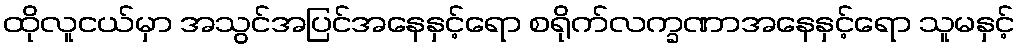
ထိုလူငယ်မှာ အသွင်အပြင်အနေနှင့်ရော စရိုက်လက္ခဏာအနေနှင့်ရော သူမနှင့်